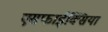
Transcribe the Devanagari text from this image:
एसफाईक्सिया